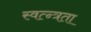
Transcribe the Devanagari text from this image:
स्वत्न्त्रता